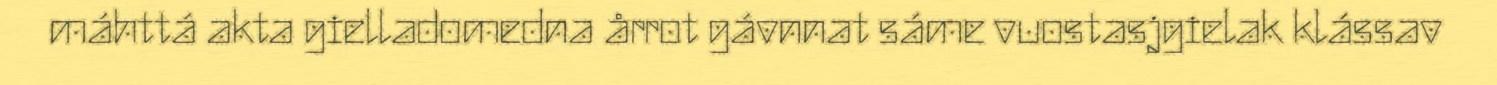
máhttá akta gielladomedna årrot gávnnat sáme vuostasjgielak klássav